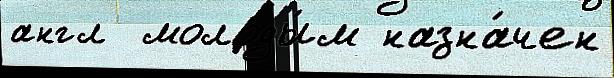
англ  молоды́м назна́чен